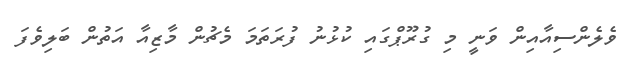
ވެލެންސިއާއިން ވަނީ މި ގުރޫޕްގައި ކުޅުނު ފުރަތަމަ މެޗުން މާޒިއާ އަތުން ބަލިވެފަ